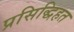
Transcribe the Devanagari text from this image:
प्रसिद्धिहत